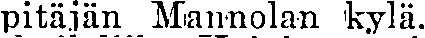
pitäjän Mannolan kylä.